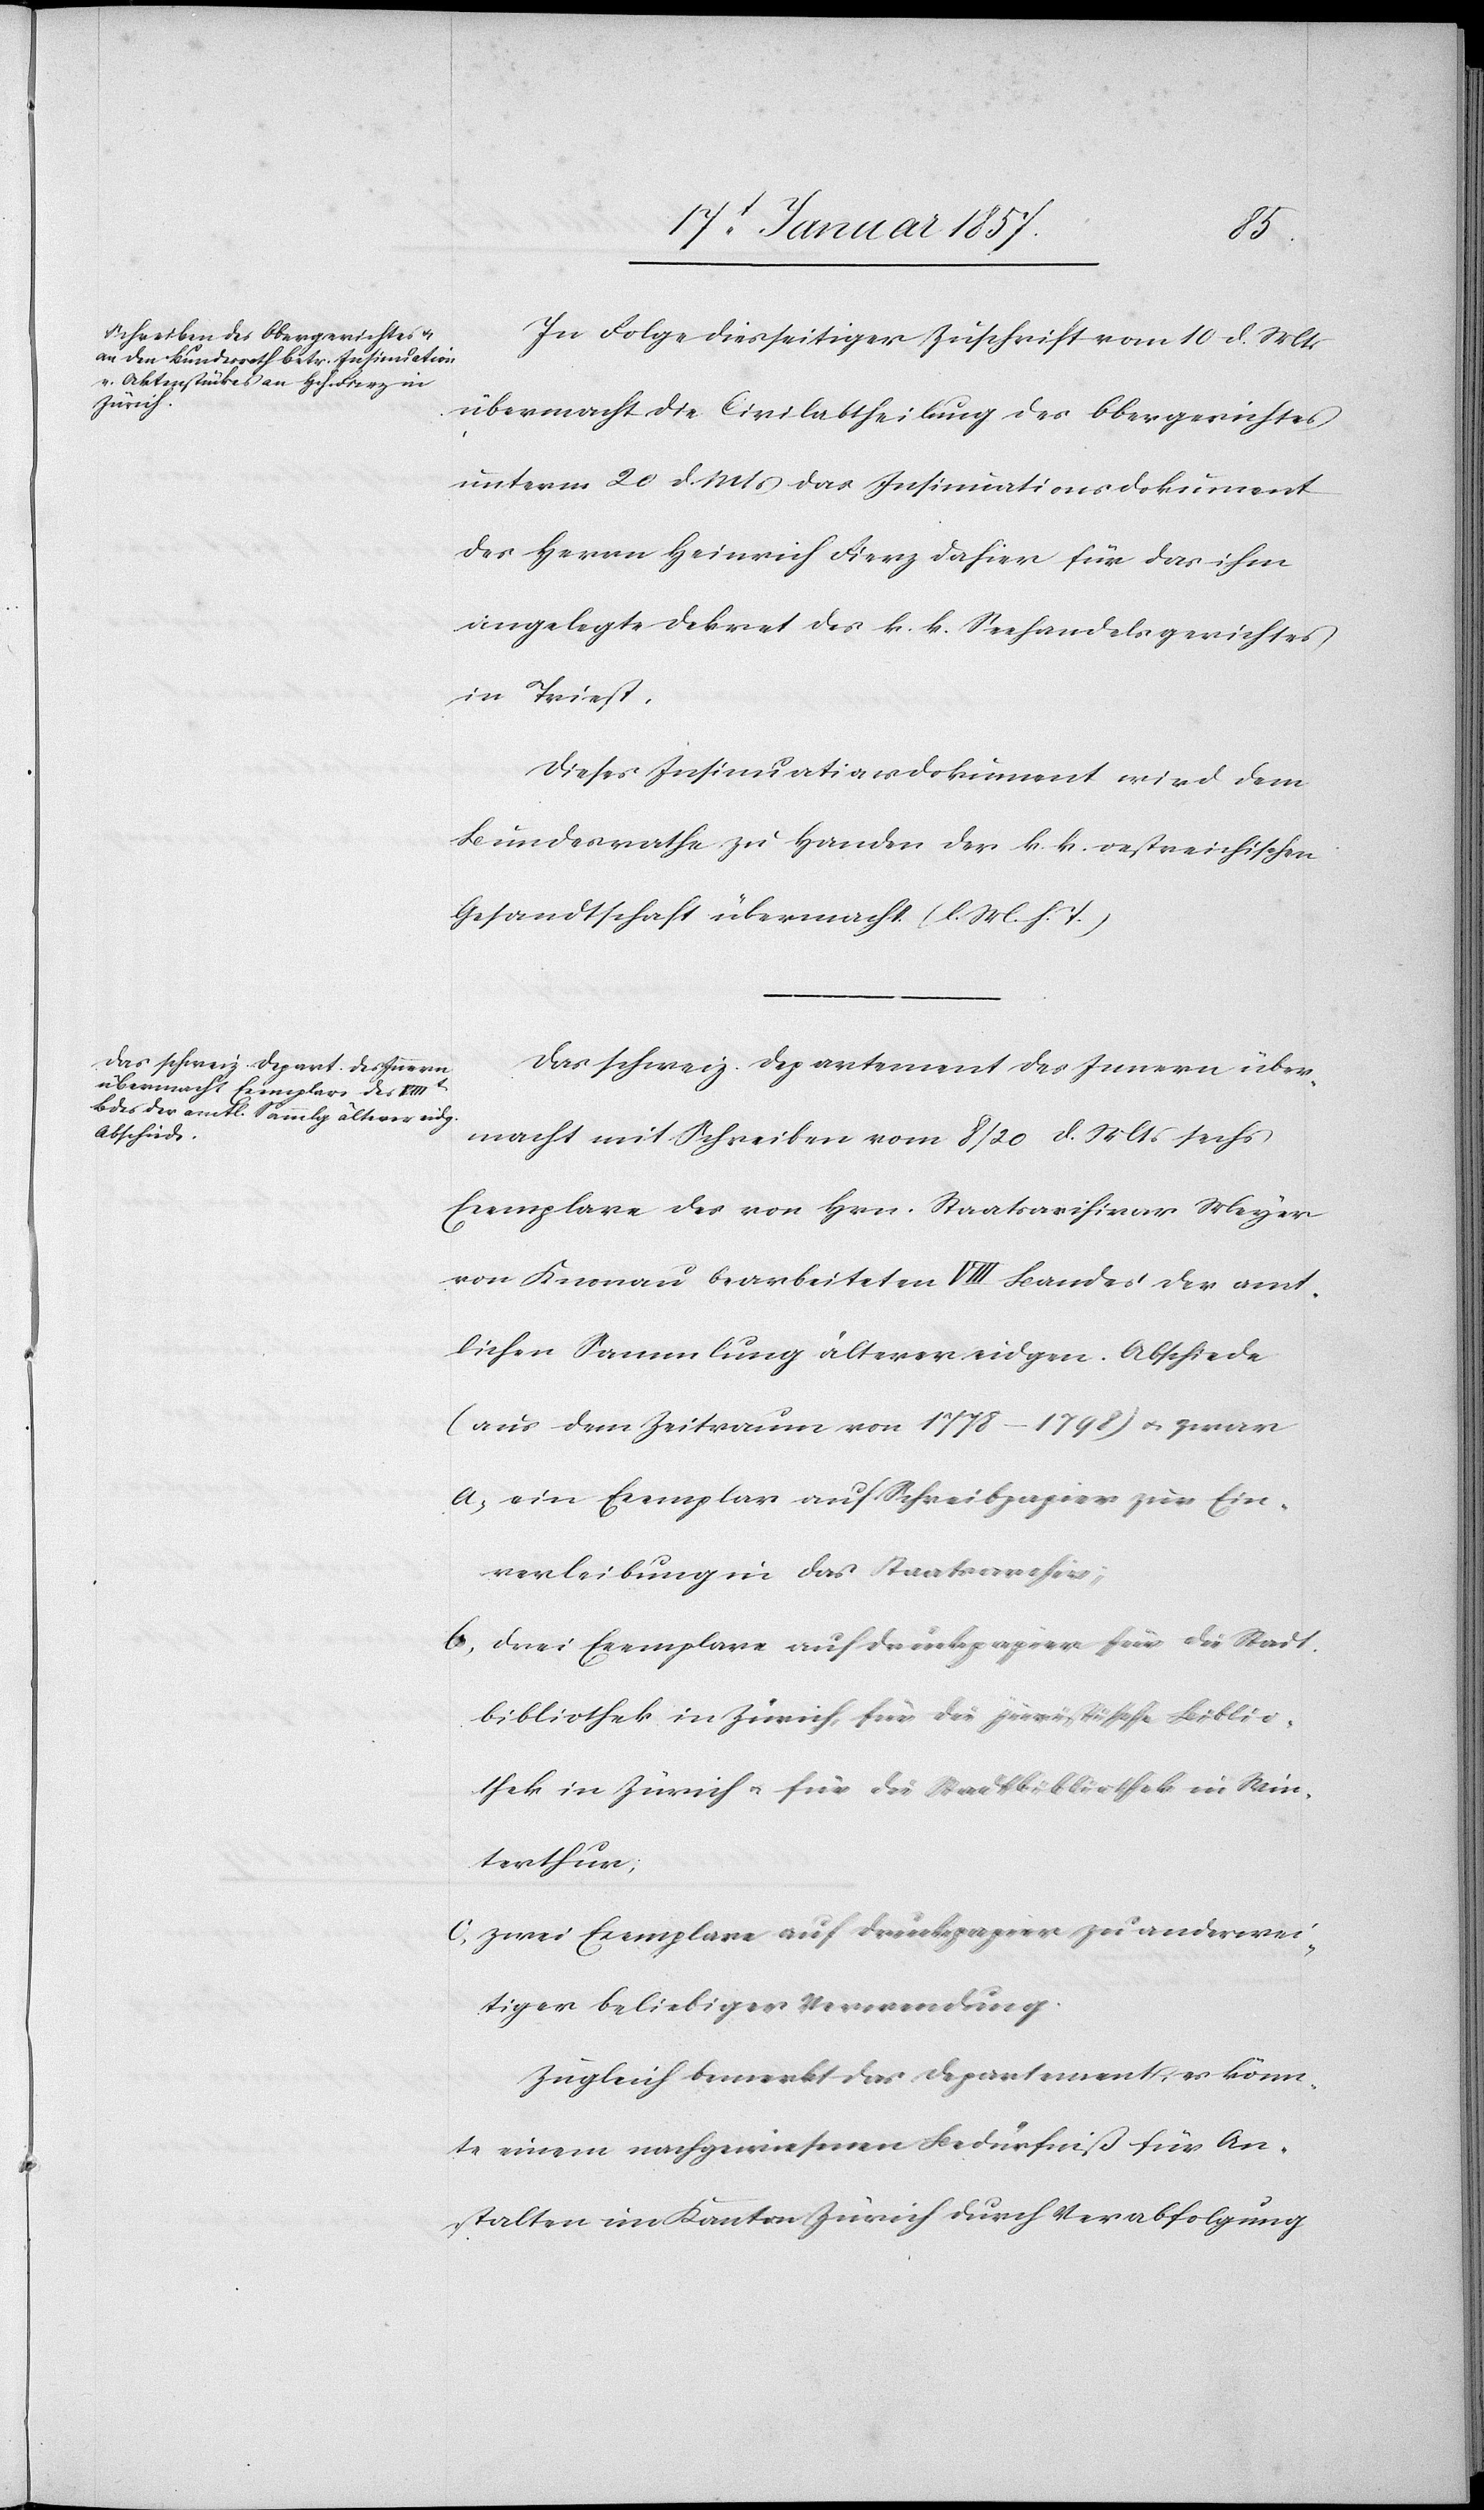
den
In Folge diesseitiger Zuschrift vom 10 d. Mts
übermacht die Civilabtheilung des Obergerichtes
unterm 20 d. Mts das Insinuationsdokument
des Herrn Heinrich Fierz dahier für das ihm
angelegte Dekret des k. k. Seehandelsgerichtes
in Triest.
Dieses Insinuationsdokument wird dem
Bundesrathe zu Handen der k. k. oestreichischen
Gesandtschaft übermacht. (l. M. h. T.)
Das schweiz. Departement des Innern über¬
macht mit Schreiben vom 8/20 d. Mts sechs
Exemplare des von Hrn. Staatsarchivar Meyer
von Knonau bearbeiteten VIII Bandes der amt¬
lichen Sammlung älterer eidgen. Abschiede
(aus dem Zeitraum von 1778–1798) u. zwar
A, ein Exemplar auf Schreibpapier zur Ein¬
verleibung in das Staatsarchiv;
B, drei Exemplare auf Druckpapier für die Stadt¬
bibliothek in Zürich, für die juristische Biblio¬
thek in Zürich u. für die Stadtbibliothek in Win¬
terthur.
C, zwei Exemplare auf Druckpapier zu anderwei¬
tiger beliebiger Verwendung.
Zugleich bemerkt das Departement, es könn¬
te einem nachgewiesenen Bedürfniß für An¬
stalten im Kanton Zürich durch Verabfolgung